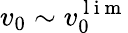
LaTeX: v_{0}\sim v_{0}^{\mathrm{~l~i~m~}}